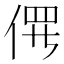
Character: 𫢱